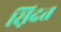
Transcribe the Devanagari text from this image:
स़िदत